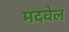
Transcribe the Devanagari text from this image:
मदवेल